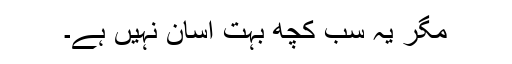
مگر یہ سب کچھ بہت آسان نہیں ہے۔